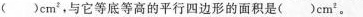
()cm^{2}，与它等底等高的平行四边形的面积是()cm^{2}。